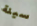
سيئة